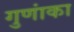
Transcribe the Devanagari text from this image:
गुणांका